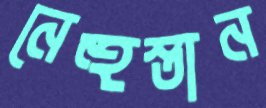
নেহুস্তান